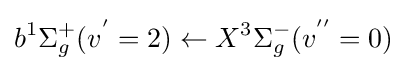
b^{1}\Sigma _{g}^{+}(v^{'}=2)\leftarrow X^{3}\Sigma _{g}^{-}(v^{''}=0)